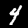
Label: 4